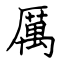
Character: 厲